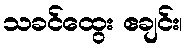
သခင်ထွေး ဧချင်း၊